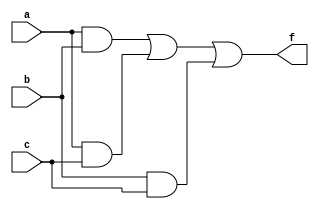
//F=AB+BC+AC   
//
`timescale 1ns/1ps
module voter (
    input a,
    input b,
    input c,
    output f
);
wire ab,ac,bc;
and and1(ab,a,b);
and and2(ac,a,c);
and and3(bc,b,c);
or or1(f,ab,ac,bc); 
endmodule